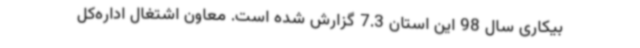
بیکاری سال 98 این استان 7.3 گزارش شده است. معاون اشتغال اداره‌کل